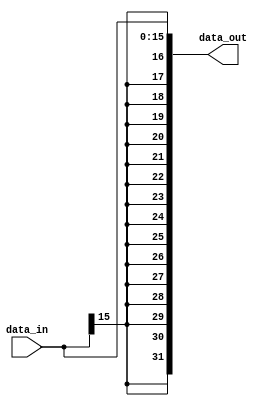
`timescale 1ns / 1ps
//////////////////////////////////////////////////////////////////////////////////
// Company: 
// Engineer: 
// 
// Design Name: 
// Module Name:    Sign_Extend 
// Project Name: 
// Target Devices: 
// Tool versions: 
// Description: 
//
// Dependencies: 
//
// Revision: 
// Revision 0.01 - File Created
// Additional Comments: 
//
//////////////////////////////////////////////////////////////////////////////////
module Signed_Extend(
    data_in,
    data_out
);

input	[15:0]	data_in;
output	[31:0]	data_out;

assign data_out = {{16{data_in[15]}}, data_in};
	
endmodule